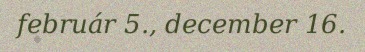
február 5., december 16.